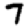
Digit: 7